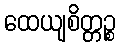
ထေယျစိတ္တဉ္စ